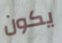
يكون